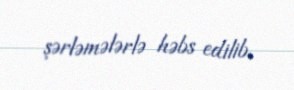
şərləmələrlə həbs edilib.